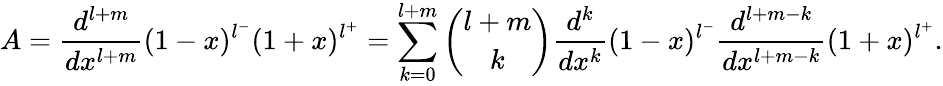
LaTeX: A=\frac{d^{l+m}}{dx^{l+m}}(1-x)^{l^{-}}(1+x)^{l^{+}}=\sum_{k=0}^{l+m}{\binom{l+m}{k}}\frac{d^{k}}{dx^{k}}(1-x)^{l^{-}}\frac{d^{l+m-k}}{dx^{l+m-k}}(1+x)^{l^{+}}.